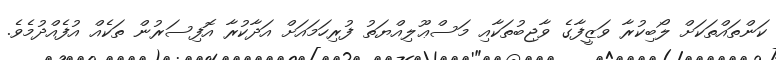
ކަންތައްތަކަށް ލޯބިކުރާ ވަޒީފާގެ ވާޖިބުތަކާއި މަސްޢޫލިއްޔަތު ފުރިހަމައަށް އަދާކުރާ އޮފިސަރުން ތަކެއް އުފެއްދުމެވެ.